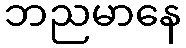
ဘညမာနေ